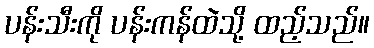
ပန်းသီးကို ပန်းကန်ထဲသို့ ထည့်သည်။